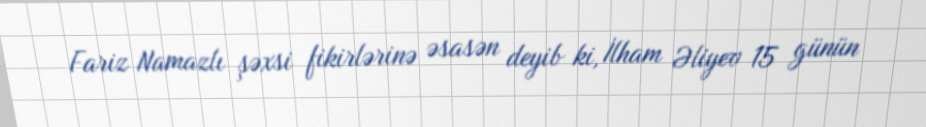
Fariz Namazlı şəxsi fikirlərinə əsasən deyib ki, İlham Əliyev 15 günün